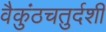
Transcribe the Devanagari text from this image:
वैकुंठचतुर्दशी